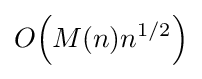
O{\mathord {\left(M(n)n^{1/2}\right)}}